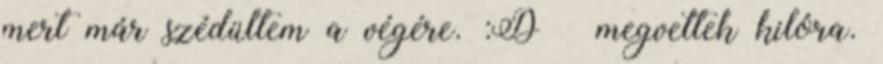
mert már szédültem a végére. :D ♥ megvettek kilóra.